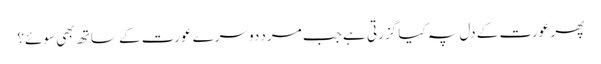
پھر عورت کے دل پہ کیا گزرتی ہے جب مرد دوسرے عورت کے ساتھ بھی سوئے؟